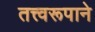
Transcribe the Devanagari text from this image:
तत्त्वरूपाने